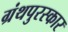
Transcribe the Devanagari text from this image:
ग्रंथपुरस्कार